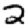
Digit: 2